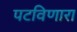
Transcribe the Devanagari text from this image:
पटविणारा